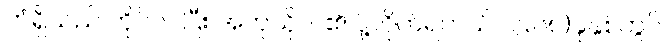
ကံရှိသည် တိုင်ပင်ပြီး အကုသိုလ်၏ ပို့လိုက်ရတယ် ၁၉၆၈)ခုနှစ်တွင်